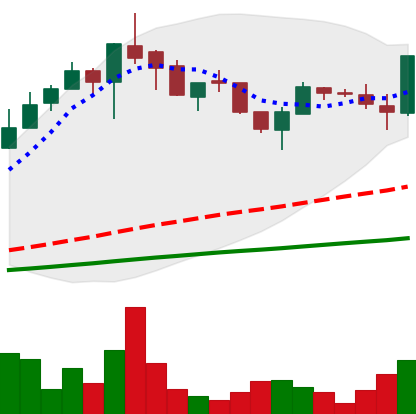
Ticker: LTC-USD
Chart end date: 2017-05-23
Forward return: -24.575%
Label: down_7plus